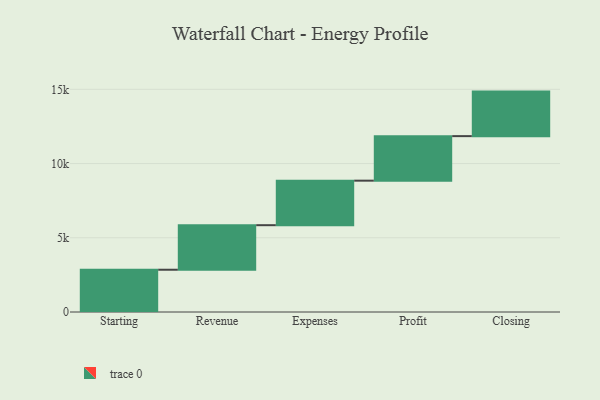
{"axis": {"x": "Step", "y": "Value"}, "legend": [""], "data": [{"x": "Starting", "y": 2848.0, "type": ""}, {"x": "Revenue", "y": 3000, "type": ""}, {"x": "Expenses", "y": 3000, "type": ""}, {"x": "Profit", "y": 3000, "type": ""}, {"x": "Closing", "y": 3000, "type": ""}]}